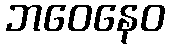
ဘဝေနေဝ